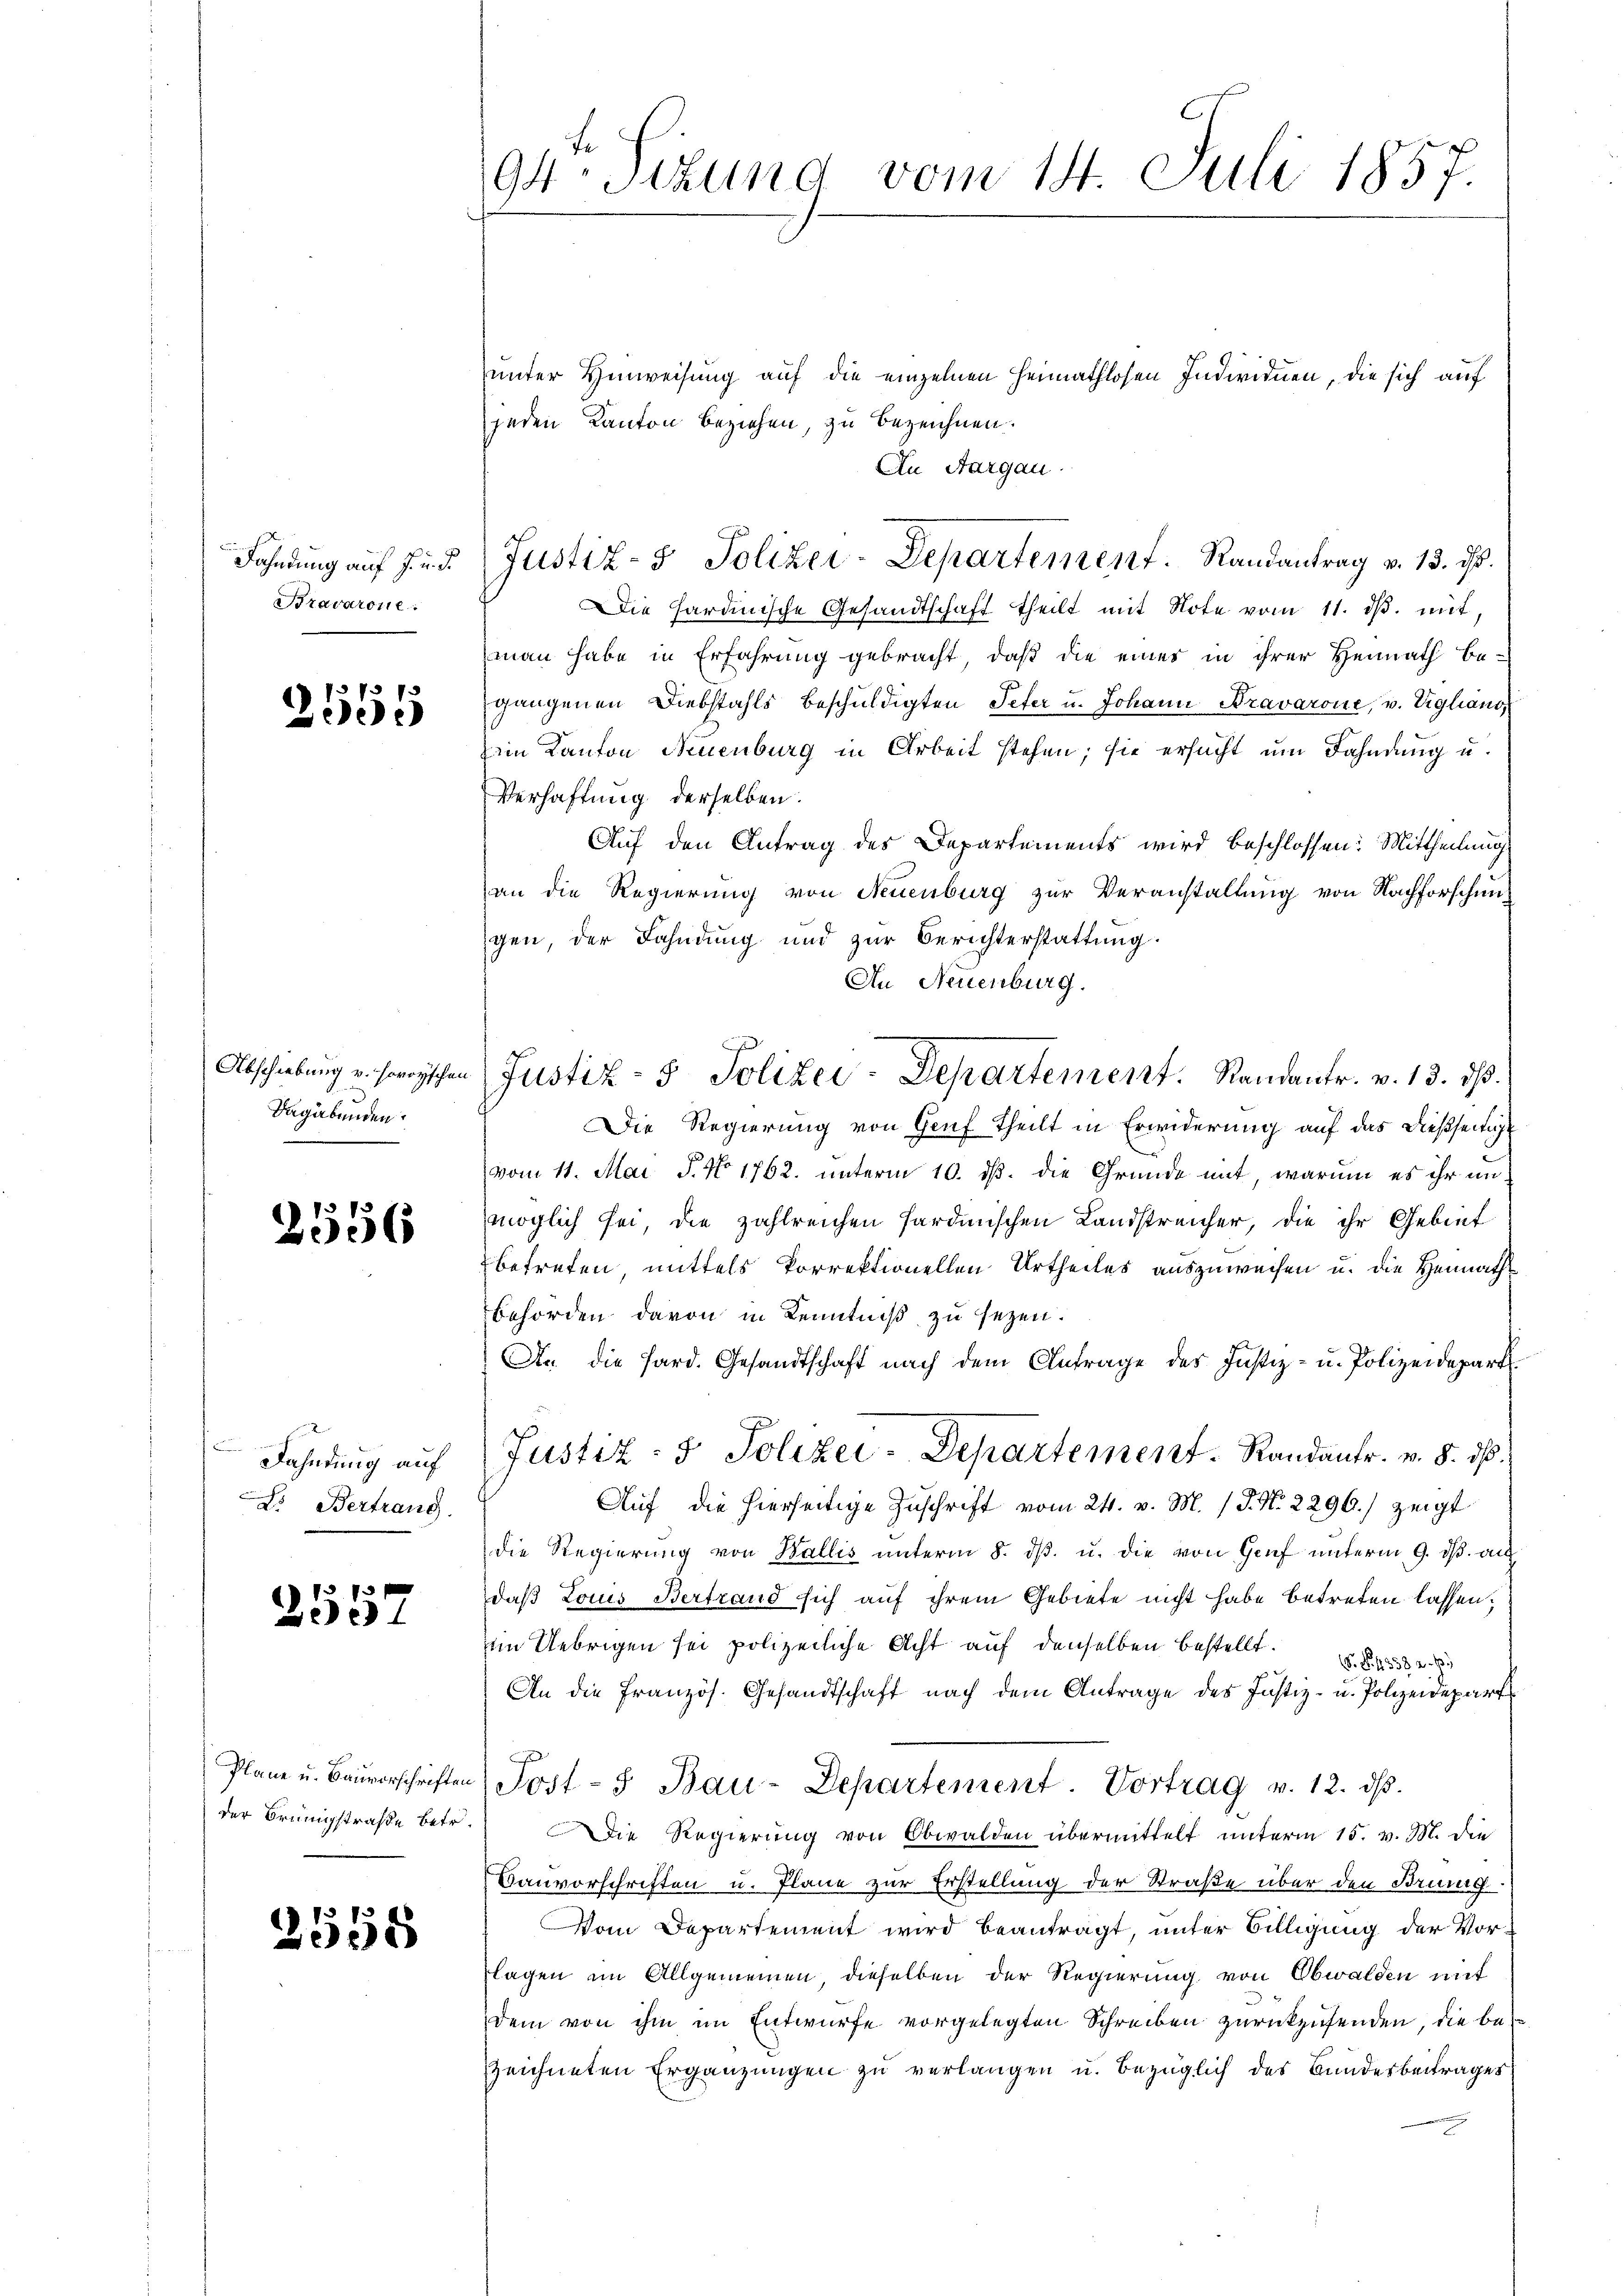
Bravarone.

3 f
2550

Dagabunden.

2556

Fahndung auf
Lo Bertrang.

2557

der Brüngstraße betr.

3558

94. Sizung vom 14. Juli 1857.

unter Hinweisung auf die einzelnen Heimathlosen Individuen, die sich auf
jeden Kanton beziehen, zu bezeichnen.
An Aargau.
Fahndŭng aŭf Fr. 5. Justiz- & Polizei-Departement. Randantrag v. 13. ist.
die hardinische Gesandtschaft theilt mit Note vom 11. dβ. mit,
man habe in Erfahrung gebracht, daß die eines in ihrer Heimath begangenen Diebstahls beschuldigten Peter u. Johann Bravarone, u. Eglians,
ein Kanton Neuenburg in Arbeit stehen; sie ersucht um Fahndung u.
Verhaftung derselben.
Auf den Antrag des Departements wird beschlossen: Mittheilung
an die Regierung von Neuenburg zur Veranstaltung von Nachforschungen, der Fahndung und zur Berichterstattung.
An Neuenburg.
Abschiebung u. horischen Justiz- & Polizei-Departement. Randantr. v. 13. dβ.
Die Regierung von Genf Theilt in Erwiderung auf das dießseitig
vom 11. Mai P. No 1762. unterm 10. ds. die Gründe mit, warum es ihr unmöglich sei, die zahlreichen sardinischen Landstreicher, die ihr Gebiet
betreten, mittels korrektionellen Urtheiles auszuweisen u. die Heimaths
Behörden davon in Kenntniß zu sezen.
An die Pard. Gesandtschaft nach dem Anfrage des Justiz- u. Polizeidepart
Justiz- & Polizei-Departement. Randantr. v. 8. ds.
Auf die hierseitige Zuschrift vom 24. v. M. / J. N. 2296.) zeigt
die Regierung von Wallis unterm 8. dβ. u. die von Genf unterm 9. ds. au
daß Louis Bertrand sich auf ihrem Gebiete nicht habe betreten lassen,
im Uebrigen sei polizeiliche Acht auf denselben bestellt.
. §. 1338 a. p.
An die Französ. Gesandtschaft nach dem Antrage des Justiz- u. Polizeidepart
p
Plane u. Baŭvorschriften Jost- u Bau-Departement. Vortrag v. 12. dβ.
Die Regierung von Obwalden übermittelt unterm 15. v. M. die
Bauvorschriften u. Plane zur Erstellung der Straße über den Brung
Vom Departement wird beantragt, unter Billigung der Vorflagen im Allgemeinen, dieselben der Regierung von Obwalden mit
dem von ihm im Entwurfe vorgelegten Schreiben zurückzusenden, die bezeichneten Ergänzungen zu verlangen u. bezüglich des Bunderbeitrages